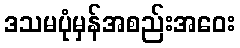
ဒသမပုံမှန်အစည်းအဝေး